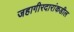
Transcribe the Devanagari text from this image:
जहागीरदारांकडील